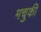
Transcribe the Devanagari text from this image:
मचुकी